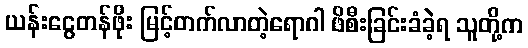
ယန်းငွေတန်ဖိုး မြင့်တက်လာတဲ့ရောဂါ ဖိစီးခြင်းခံခဲ့ရ သူတို့က